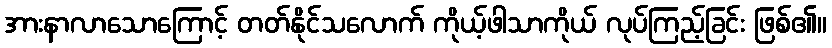
အားနာလာသောကြောင့် တတ်နိုင်သလောက် ကိုယ့်ဖါသာကိုယ် လုပ်ကြည့်ခြင်း ဖြစ်၏။